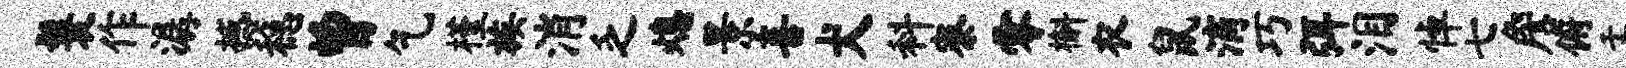
鬟作潺撼稳曾乞槿族消乏熄景喜犬料寮零槲衣鼠滴巧弭泪悼七詹俯盂